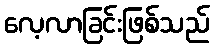
လေ့လာခြင်းဖြစ်သည်